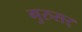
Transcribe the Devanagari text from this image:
गुरुसर्